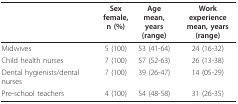
|  | Sexfemale,n (%) | Agemean, years(range) | Work experiencemean, years(range) |
 | --- | --- | --- | --- |
 | Midwives | 5 (100) | 53 (41-64) | 24 (16-32) |
 | Child health nurses | 7 (100) | 57 (52-63) | 26 (13-38) |
 | Dental hygienists/dental nurses | 7 (100) | 39 (26-47) | 14 (05-29) |
 | Pre-school teachers | 4 (100) | 54 (48-58) | 31 (26-35) |